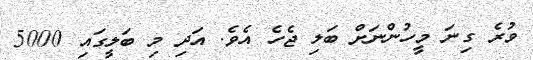
ވުރެ ގިނަ މީހުންނަށް ބަލި ޖެހެ އެވެ. އަދި މި ބަލީގައި 5000